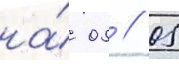
на́ 05 // 05